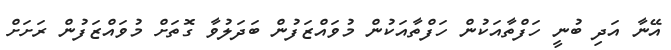
އޭނާ އަދި ބުނީ ހަފްތާއަކުން ހަފްތާއަކުން މުވައްޒަފުން ބަދަލުވާ ގޮތަށް މުވައްޒަފުން ރަށަށް